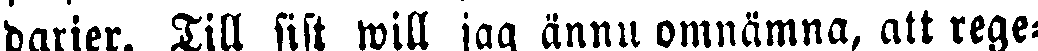
darier. Till sist will jag ännu omnämna, att rege-